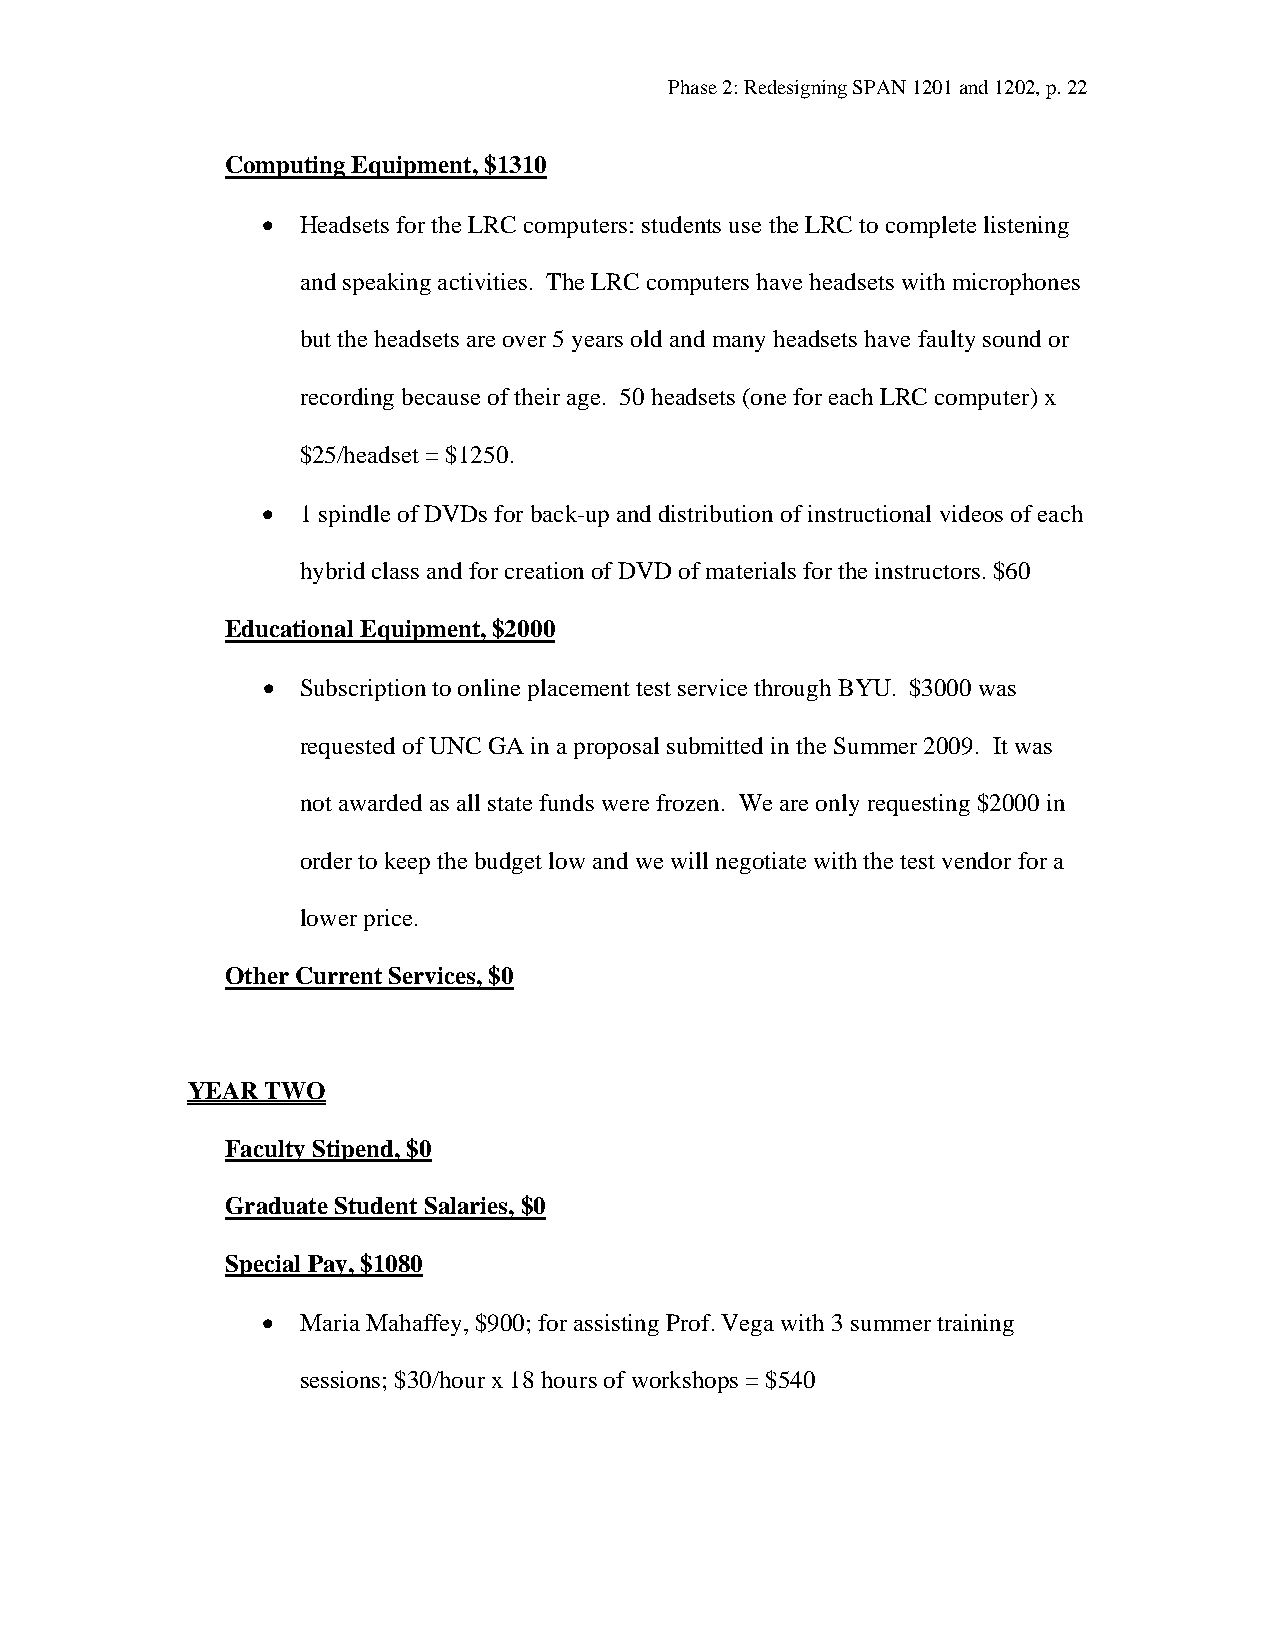
Phase 2: Redesigning SPAN 1201 and 1202, p. 22
 Computing Equipment, $1310
 •  Headsets for the LRC computers: students use the LRC to complete listening
 and speaking activities. The LRC computers have headsets with microphones
 but the headsets are over 5 years old and many headsets have faulty sound or
 recording because of their age. 50 headsets (one for each LRC computer) x
 $25/headset = $1250.
 •  1 spindle of DVDs for back-up and distribution of instructional videos of each
 hybrid class and for creation of DVD of materials for the instructors. $60
 Educational Equipment, $2000
 •  Subscription to online placement test service through BYU. $3000 was
 requested of UNC GA in a proposal submitted in the Summer 2009. It was
 not awarded as all state funds were frozen. We are only requesting $2000 in
 order to keep the budget low and we will negotiate with the test vendor for a
 lower price.
 Other Current Services, $0
 YEAR  TWO
 Faculty Stipend, $0
 Graduate Student Salaries, $0
 Special Pay, $1080
 •  Maria Mahaffey, $900; for assisting Prof. Vega with 3 summer training
 sessions; $30/hour x 18 hours of workshops = $540